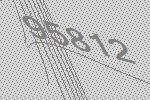
95812